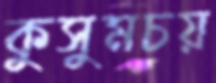
কুসুমচয়